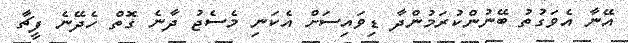
އޭނާ އެވަގުތު ބޭނުންކުރަމުންދާ ޑިވައިސަށް އެކަނި މެސެޖު ދާނެ ގޮތް ހެދޭނެ ފީޗާ